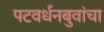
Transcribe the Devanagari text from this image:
पटवर्धनबुवांचा